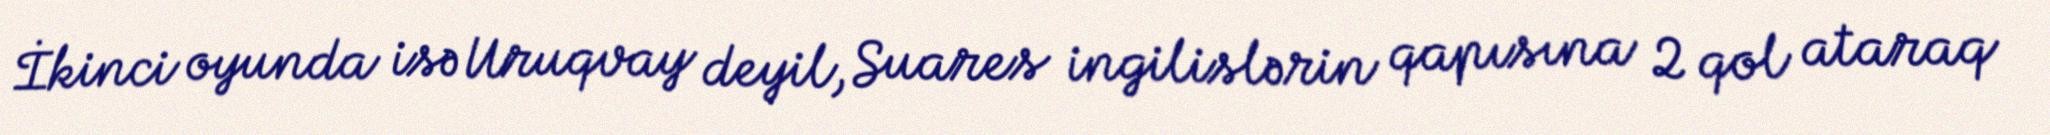
İkinci oyunda isə Uruqvay deyil, Suares ingilislərin qapısına 2 qol ataraq